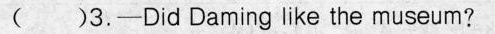
( )3.-Did Daming like the museum?